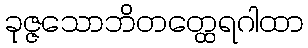
ခုဇ္ဇသောဘိတတ္ထေရဂါထာ